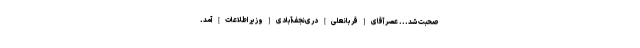
صحبت شد... عصر آقاى [قربانعلی] درى‌نجف‌آبادى [وزیر اطلاعات] آمد.